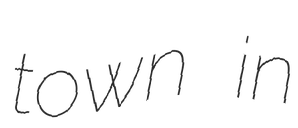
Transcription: town in